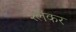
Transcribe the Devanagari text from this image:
श्लेंकर